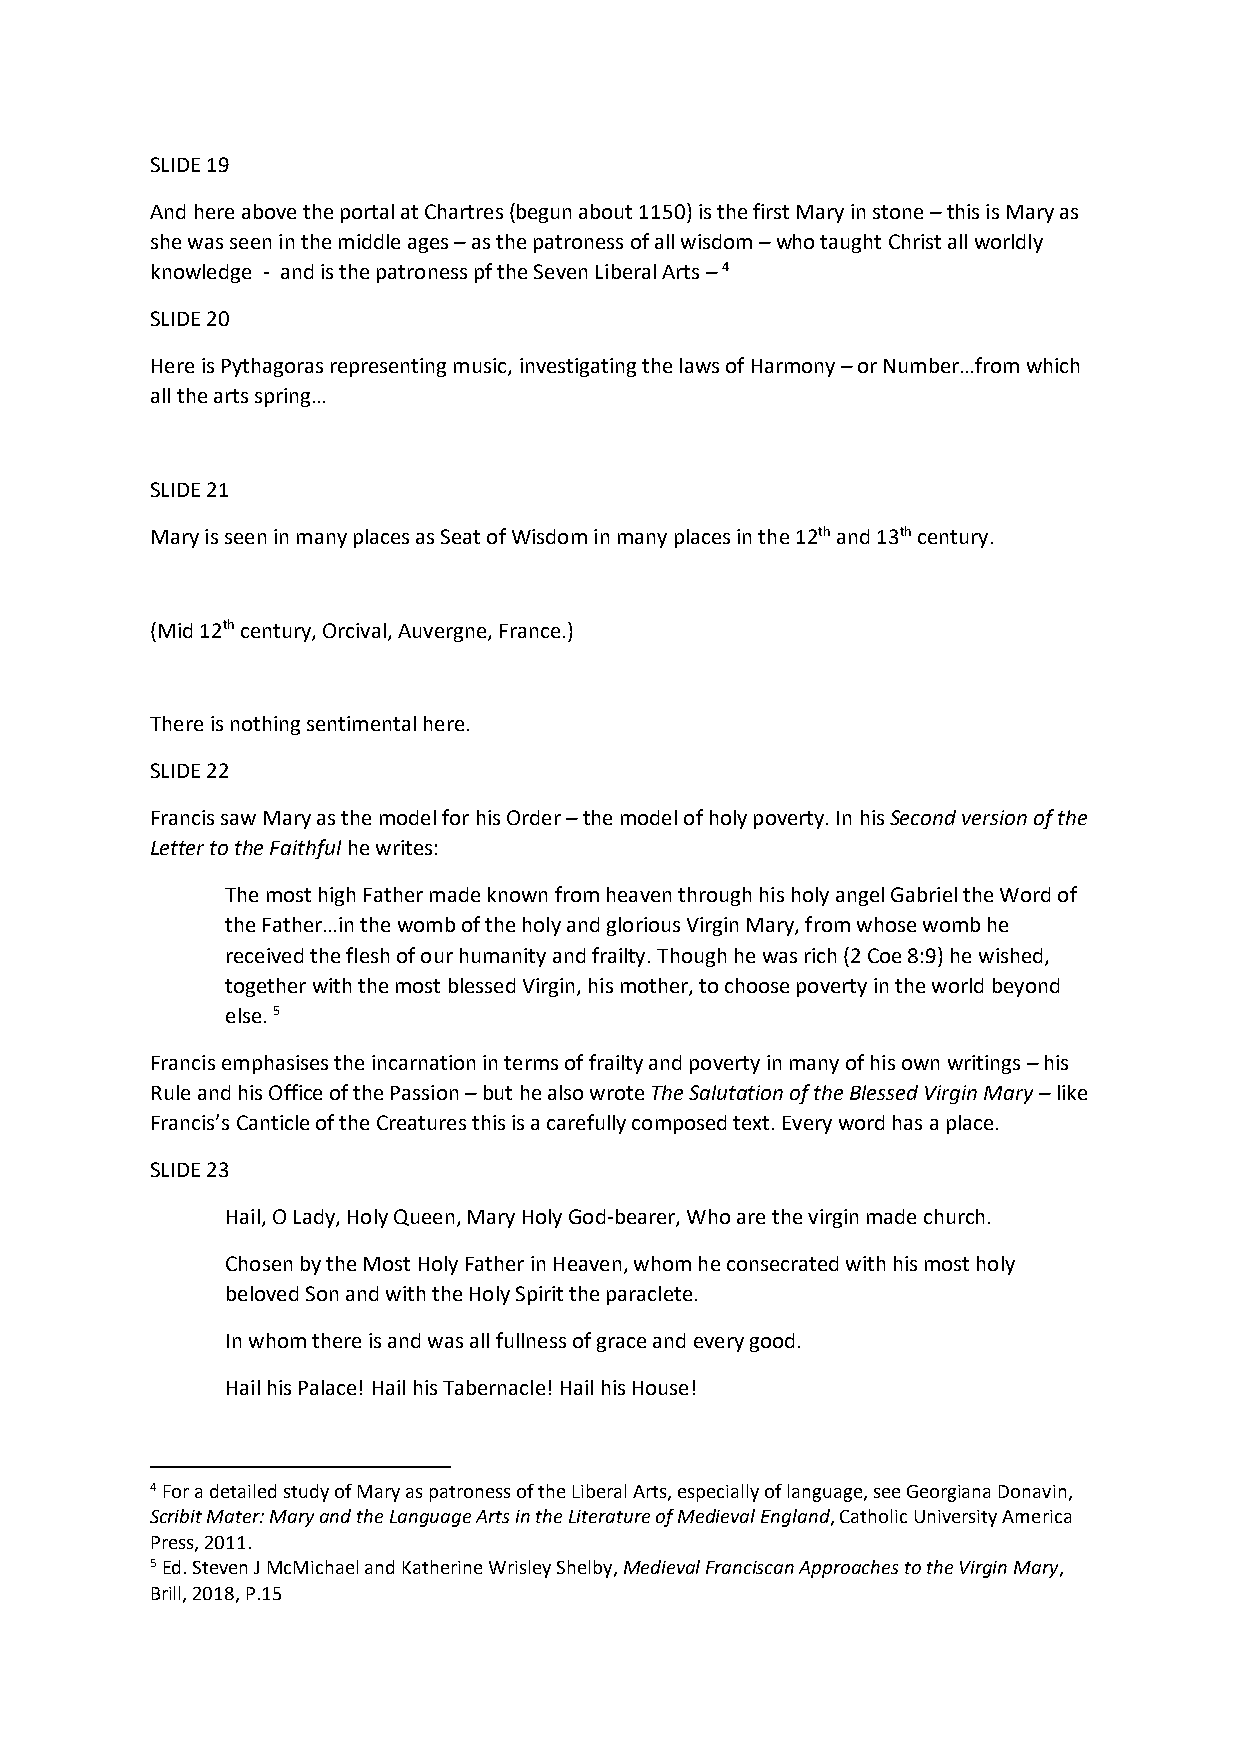
SLIDE 19
 And here above the portal at Chartres (begun about 1150) is the first Mary in stone – this is Mary as
 she was seen in the middle ages – as the patroness of all wisdom – who taught Christ all worldly
 knowledge - and is the patroness pf the Seven Liberal Arts – 4
 SLIDE 20
 Here is Pythagoras representing music, investigating the laws of Harmony – or Number…from which
 all the arts spring…
 SLIDE 21
 Mary is seen in many places as Seat of Wisdom in many places in the 12th and 13th century.
 (Mid 12th century, Orcival, Auvergne, France.)
 There is nothing sentimental here.
 SLIDE 22
 Francis saw Mary as the model for his Order – the model of holy poverty. In his Second version of the
 Letter to the Faithful he writes:
 The most high Father made known from heaven through his holy angel Gabriel the Word of
 the Father…in the womb of the holy and glorious Virgin Mary, from whose womb he
 received the flesh of our humanity and frailty. Though he was rich (2 Coe 8:9) he wished,
 together with the most blessed Virgin, his mother, to choose poverty in the world beyond
 else. 5
 Francis emphasises the incarnation in terms of frailty and poverty in many of his own writings – his
 Rule and his Office of the Passion – but he also wrote The Salutation of the Blessed Virgin Mary – like
 Francis’s Canticle of the Creatures this is a carefully composed text. Every word has a place.
 SLIDE 23
 Hail, O Lady, Holy Queen, Mary Holy God-bearer, Who are the virgin made church.
 Chosen by the Most Holy Father in Heaven, whom he consecrated with his most holy
 beloved Son and with the Holy Spirit the paraclete.
 In whom there is and was all fullness of grace and every good.
 Hail his Palace! Hail his Tabernacle! Hail his House!
 4 For a detailed study of Mary as patroness of the Liberal Arts, especially of language, see Georgiana Donavin,
 Scribit Mater: Mary and the Language Arts in the Literature of Medieval England, Catholic University America
 Press, 2011.
 5 Ed. Steven J McMichael and Katherine Wrisley Shelby, Medieval Franciscan Approaches to the Virgin Mary,
 Brill, 2018, P.15